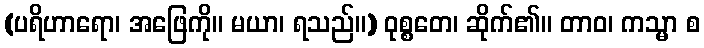
(ပရိဟာရော၊ အဖြေကို။ မယာ၊ ရသည်။) ဝုစ္စတေ၊ ဆိုက်၏။ တာဝ၊ ကသ္မာ စ